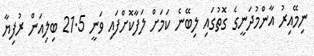
ނިމޭއިރު އާންމުދަނީގެ ގޮތުގައި ލިބޭނެ ކަމަށް ލަފާކޮށްފައި ވަނީ 21.5 ބިލިއަން ރުފިޔާ